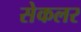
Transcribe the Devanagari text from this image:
सेकलर